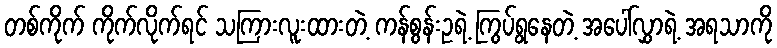
တစ်ကိုက် ကိုက်လိုက်ရင် သကြားလူးထားတဲ့ ကန်စွန်းဥရဲ့ ကြွပ်ရွနေတဲ့ အပေါ်လွှာရဲ့ အရသာကို